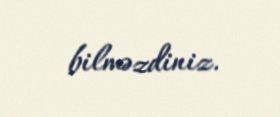
bilməzdiniz.